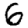
Digit: 6